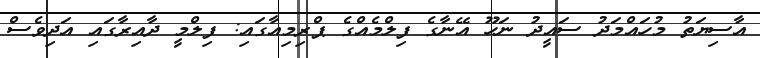
އާސިޔަތު މުހައްމަދު ސައީދު ނަހޫ އޭނާގެ ފިލްމެއްގެ ޕްރިމިއާގައި: ފިލްމީ ދާއިރާގައި އަދިވެސް